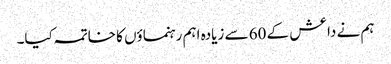
ہم نے داعش کے 60 سے زیادہ اہم رہنماؤں کا خاتمہ کیا۔